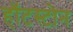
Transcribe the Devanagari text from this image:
हॉटस्टोन